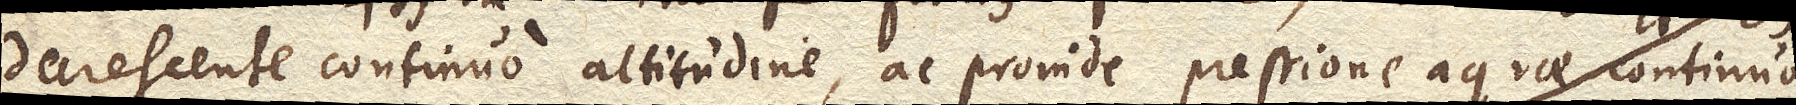
decrescente continuo altitudine, ac proinde pressione aquae continuo